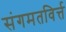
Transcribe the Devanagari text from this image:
संगमतविर्त्त